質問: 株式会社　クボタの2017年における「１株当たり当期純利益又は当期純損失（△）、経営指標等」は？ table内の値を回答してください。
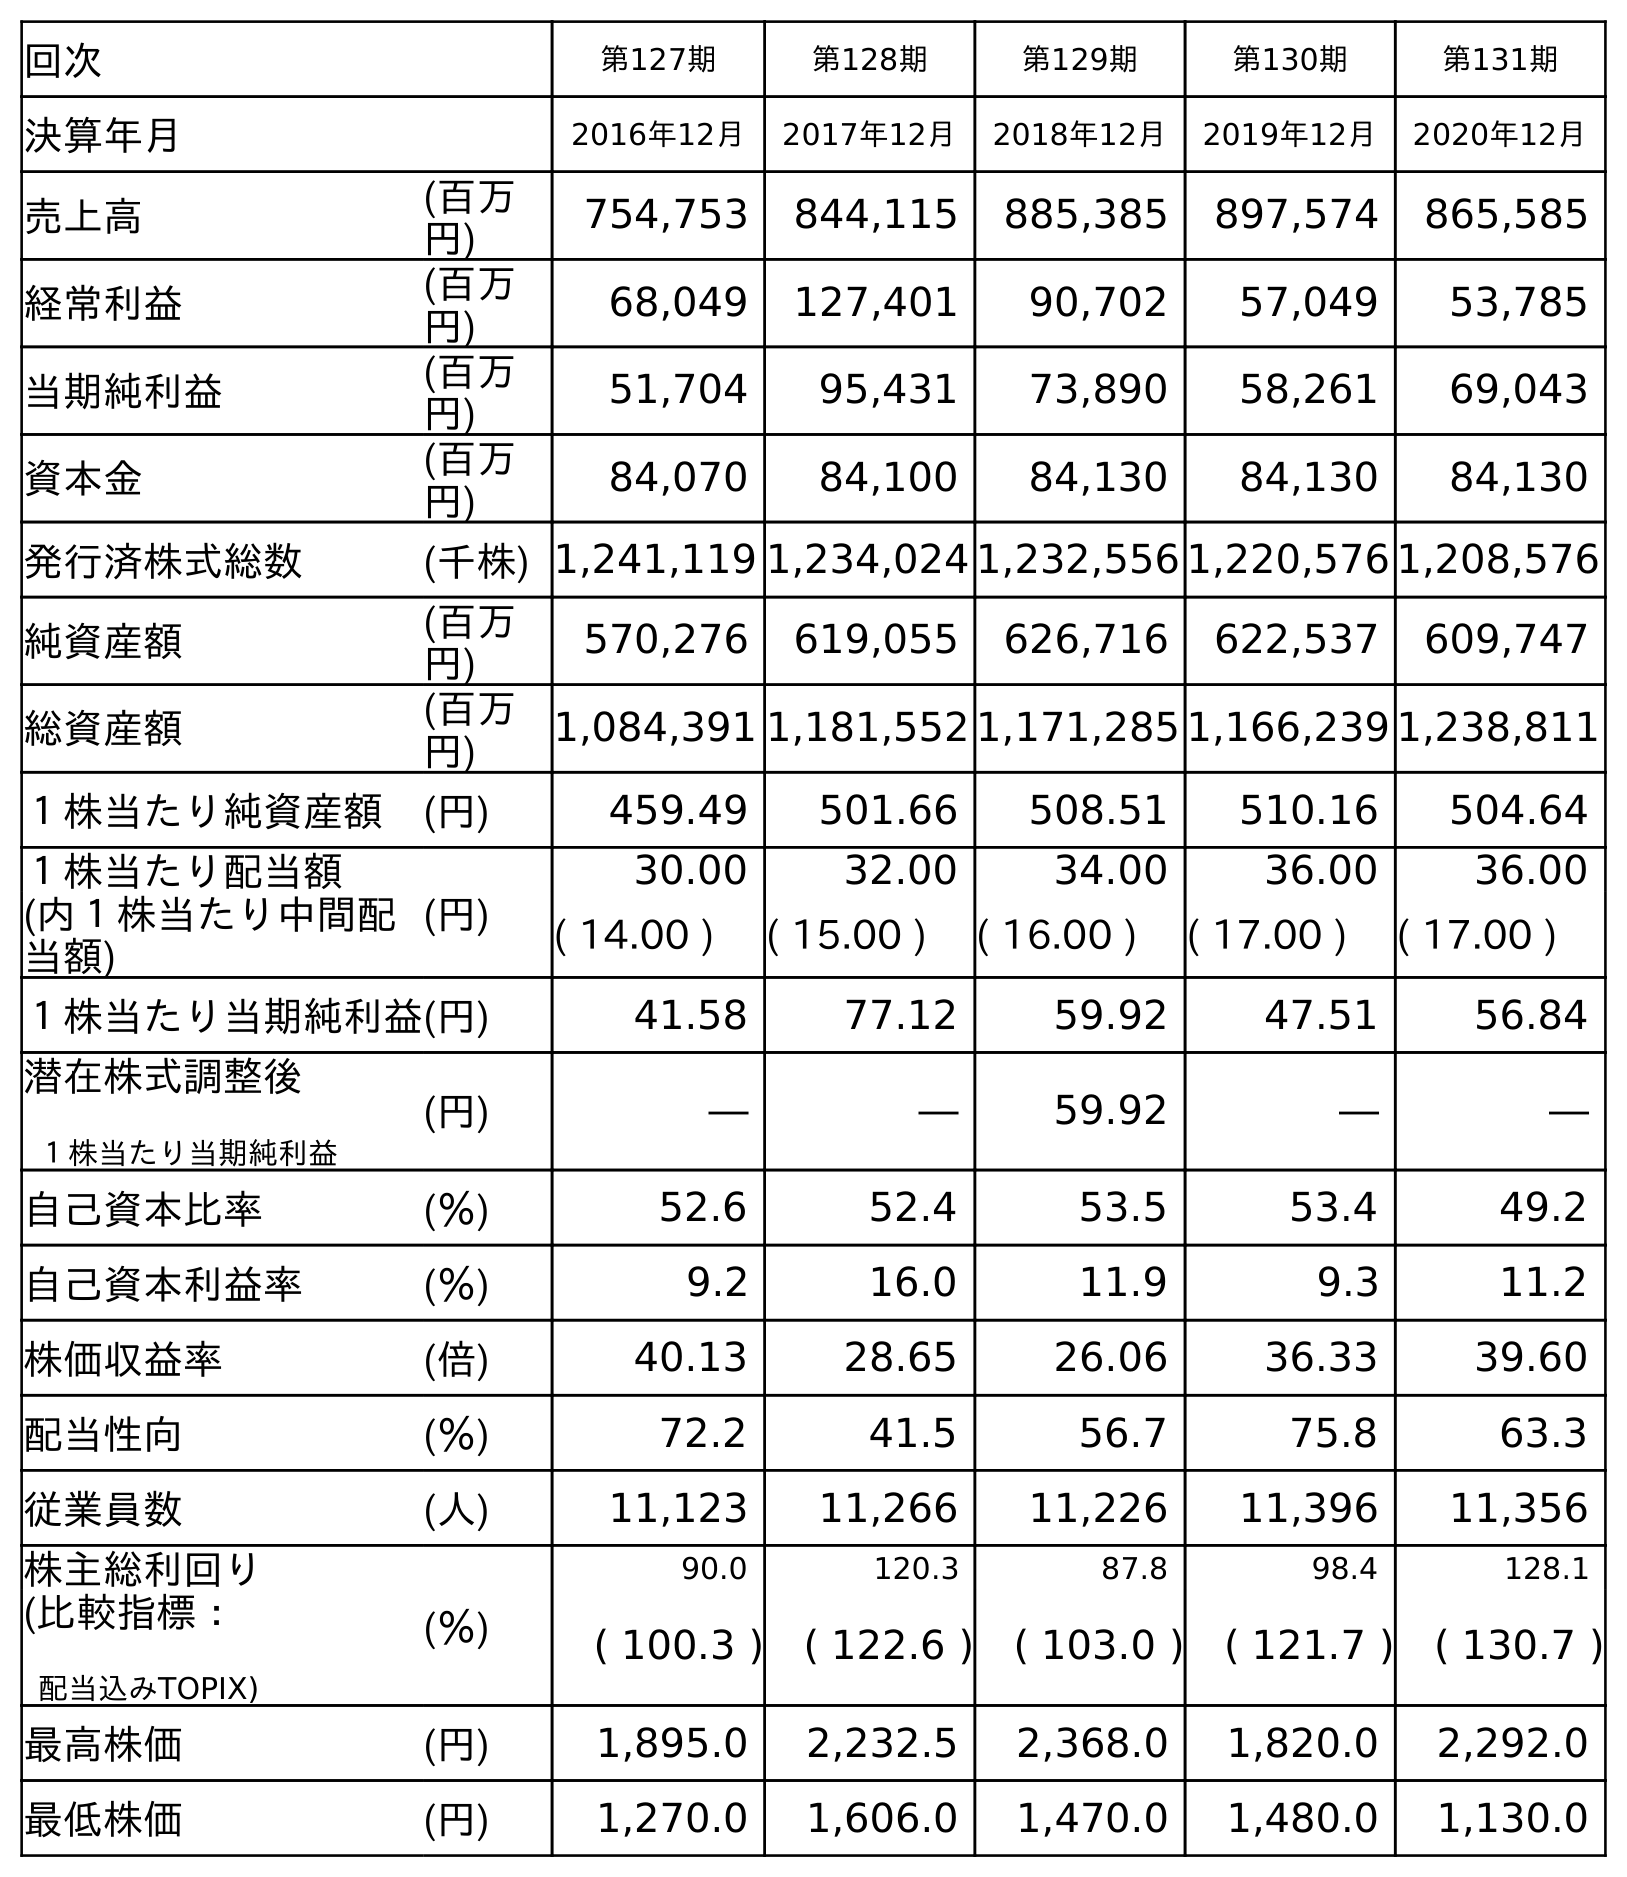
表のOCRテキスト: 回次 第127期 第128期 第129期 第130期 第131期 決算年月 2016年12月 2017年12月 2018年12月 2019年12月 2020年12月 売上高 (百万 円) 754,753 844,115 885,385 897,574 865,585 経常利益 (百万 円) 68,049 127,401 90,702 57,049 53,785 当期純利益 (百万 円) 51,704 95,431 73,890 58,261 69,043 資本金 (百万 円) 84,070 84,100 84,130 84,130 84,130 発行済株式総数 (千株) 1,241,119 1,234,024 1,232,556 1,220,576 1,208,576 純資産額 (百万 円) 570,276 619,055 626,716 622,537 609,747 総資産額 (百万 円) 1,084,391 1,181,552 1,171,285 1,166,239 1,238,811 １株当たり純資産額 (円) 459.49 501.66 508.51 510.16 504.64 １株当たり配当額 (円) 30.00 32.00 34.00 36.00 36.00 (内１株当たり中間配 当額) ( 14.00 ) ( 15.00 ) ( 16.00 ) ( 17.00 ) ( 17.00 ) １株当たり当期純利益(円) 41.58 77.12 59.92 47.51 56.84 潜在株式調整後 １株当たり当期純利益 (円) ― ― 59.92 ― ― 自己資本比率 (％) 52.6 52.4 53.5 53.4 49.2 自己資本利益率 (％) 9.2 16.0 11.9 9.3 11.2 株価収益率 (倍) 40.13 28.65 26.06 36.33 39.60 配当性向 (％) 72.2 41.5 56.7 75.8 63.3 従業員数 (人) 11,123 11,266 11,226 11,396 11,356 株主総利回り (％) 90.0 120.3 87.8 98.4 128.1 (比較指標： 配当込みTOPIX) ( 100.3 ) ( 122.6 ) ( 103.0 ) ( 121.7 ) ( 130.7 ) 最高株価 (円) 1,895.0 2,232.5 2,368.0 1,820.0 2,292.0 最低株価 (円) 1,270.0 1,606.0 1,470.0 1,480.0 1,130.0
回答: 77.12